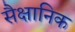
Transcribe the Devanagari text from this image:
सैक्षानिक